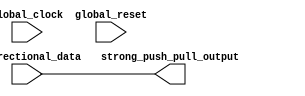
module io_buffer (
    input wire global_clock,
    input wire global_reset,
    input wire bidirectional_data,
    output reg strong_push_pull_output
);

// Define input and output protection circuits
reg input_protection_circuit;
reg output_protection_circuit;

// Define push-pull current sourcing and sinking capabilities
reg [7:0] push_pull_current_sourcing;
reg [7:0] push_pull_current_sinking;

always @(posedge global_clock) begin
    if (global_reset) begin
        input_protection_circuit <= 0;
        output_protection_circuit <= 0;
        push_pull_current_sourcing <= 0;
        push_pull_current_sinking <= 0;
    end
    else begin
        // Implement input and output protection circuits logic
        // Implement push-pull current sourcing and sinking logic
    end
end

assign strong_push_pull_output = bidirectional_data;

endmodule